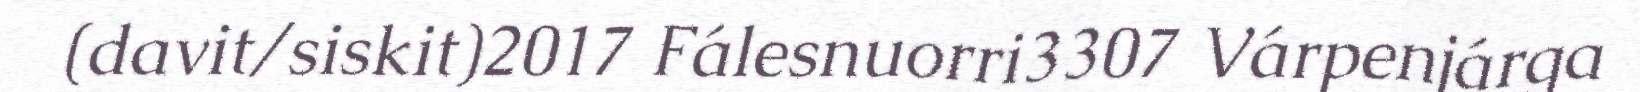
(davit/siskit)2017 Fálesnuorri3307 Várpenjárga